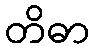
တိဓာ